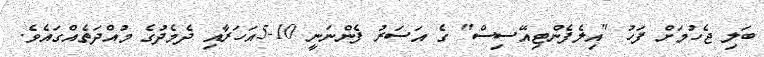
ބަލި ޖެހުމަށް ފަހު ''އިލެފެންޓިއޭސިސް'' ގެ އަސަރު ފެންނަނީ 10-5އަހަރާއި ދެމެދުގެ މުއްދަތެއްގައެވެ.